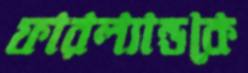
ফারল্যান্ডকে